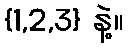
{1,2,3} နဲ့။